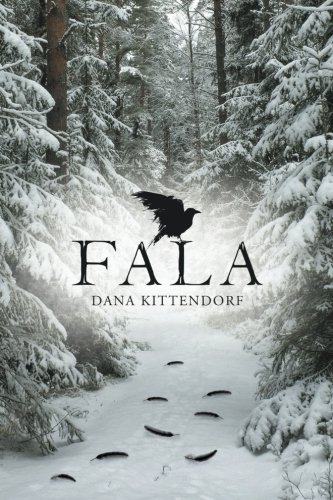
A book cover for Fala; Dana Kittendorf; Literature & Fiction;